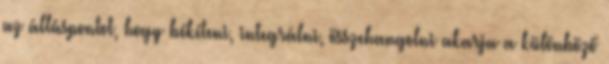
az álláspontot, hogy békíteni, integrálni, összehangolni akarja a különböző